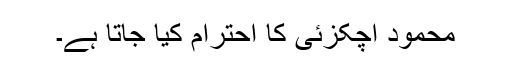
محمود اچکزئی کا احترام کیا جاتا ہے۔